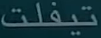
تيفلت